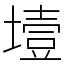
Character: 㙪